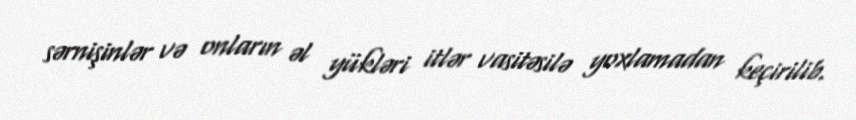
sərnişinlər və onların əl yükləri itlər vasitəsilə yoxlamadan keçirilib.